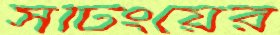
সর্টিংয়ের